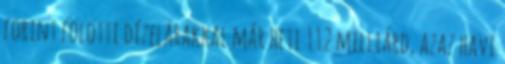
forint fölötti dízelárakkal már heti 112 milliárd, azaz havi